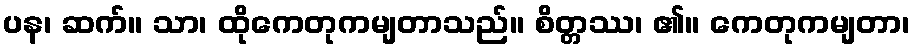
ပန၊ ဆက်။ သာ၊ ထိုကေတုကမျတာသည်။ စိတ္တဿ၊ ၏။ ကေတုကမျတာ၊